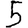
Digit: 5